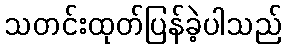
သတင်းထုတ်ပြန်ခဲ့ပါသည်